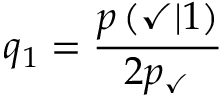
q _ { 1 } = \frac { p \left( \checkmark | 1 \right) } { 2 p _ { \checkmark } }